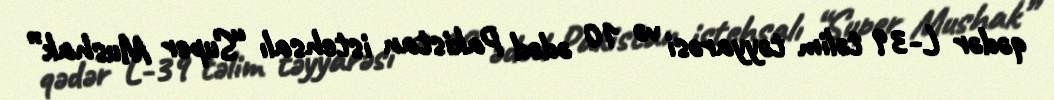
qədər L-39 təlim təyyarəsi və 10 ədəd Pakistan istehsalı “Super Mushak”